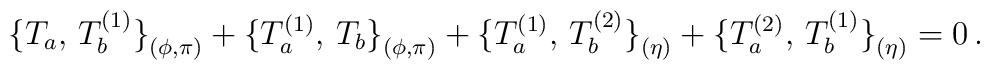
\bigl\{T_a,\,T_b^{(1)}\bigr\}_{(\phi,\pi)}+\bigl\{T_a^{(1)},\,T_b\bigr\}_{(\phi,\pi)}+\bigl\{T_a^{(1)},\,T_b^{(2)}\bigr\}_{(\eta)}+\bigl\{T_a^{(2)},\,T_b^{(1)}\bigr\}_{(\eta)}=0\,.